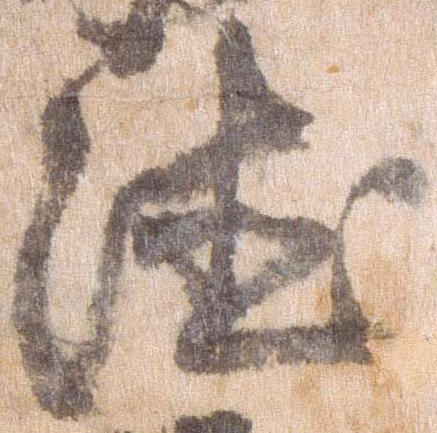
徳